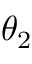
\theta _ { 2 }